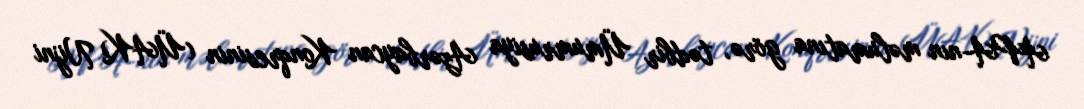
APA-nın məlumatına görə, tədbir Ümumrusiya Azərbaycan Konqresinin (ÜAK) Nijni